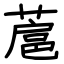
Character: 蔰